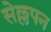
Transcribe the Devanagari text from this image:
सेल्लपन